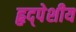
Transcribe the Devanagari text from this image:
हृद्पेशीय